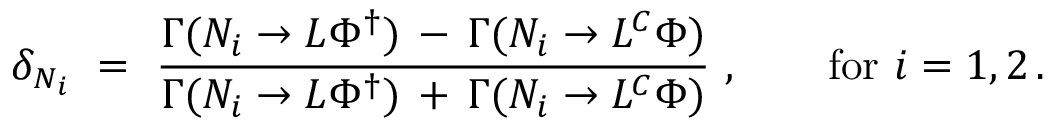
\delta _ { N _ { i } } \ = \ \frac { \Gamma ( N _ { i } \to L \Phi ^ { \dagger } ) \, - \, \Gamma ( N _ { i } \to L ^ { C } \Phi ) } { \Gamma ( N _ { i } \to L \Phi ^ { \dagger } ) \, + \, \Gamma ( N _ { i } \to L ^ { C } \Phi ) } \ , \qquad \mathrm { f o r } \ i = 1 , 2 \, .